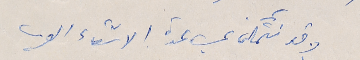
وقد نتمكن بمساعدة الاشقاء العرب